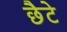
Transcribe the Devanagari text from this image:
छैटे